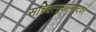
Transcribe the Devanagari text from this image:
सच्चित्सुखाभीष्टवरं